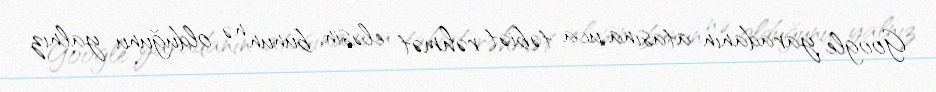
Google yaradanın atasına uca təbiət rəhmət eləsin, bunun nə olduğunu yalnız